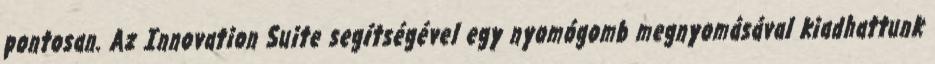
pontosan. Az Innovation Suite segítségével egy nyomógomb megnyomásával kiadhattunk